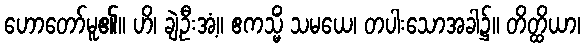
ဟောတော်မူ၏။ ဟိ၊ ချဲ့ဦးအံ့။ ဧကသ္မိံ သမယေ၊ တပါးသောအခါ၌။ တိတ္ထိယာ၊